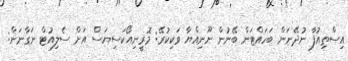
އިސްތިއުފާ ނުދޭނަން ބަހައްޓަން ބޭނުން ނޫނިއްޔާ ވަކިކުރޭ: މޮރީނިއޯކަސިޔަސް އަށް ސެލިއުޓް ނަގާނަން: